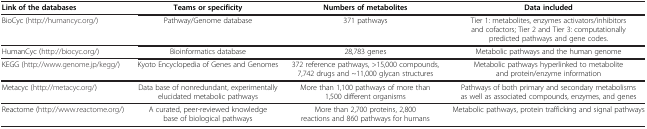
<table><thead><tr><td><b>Link of the databases</b></td><td><b>Teams or specificity</b></td><td><b>Numbers of metabolites</b></td><td><b>Data included</b></td></tr></thead><tbody><tr><td>BioCyc (http://humancyc.org/)</td><td>Pathway/Genome database</td><td>371 pathways</td><td>Tier 1: metabolites, enzymes activators/inhibitors and cofactors; Tier 2 and Tier 3: computationally predicted pathways and gene codes.</td></tr><tr><td>HumanCyc (http://biocyc.org/)</td><td>Bioinformatics database</td><td>28,783 genes</td><td>Metabolic pathways and the human genome</td></tr><tr><td>KEGG (http://www.genome.jp/kegg/)</td><td>Kyoto Encyclopedia of Genes and Genomes</td><td>372 reference pathways, &gt;15,000 compounds, 7,742 drugs and ~11,000 glycan structures</td><td>Metabolic pathways hyperlinked to metabolite and protein/enzyme information</td></tr><tr><td>Metacyc (http://metacyc.org/)</td><td>Data base of nonredundant, experimentally elucidated metabolic pathways</td><td>More than 1,100 pathways of more than 1,500 different organisms</td><td>Pathways of both primary and secondary metabolisms as well as associated compounds, enzymes, and genes</td></tr><tr><td>Reactome (http://www.reactome.org/)</td><td>A curated, peer-reviewed knowledge base of biological pathways</td><td>More than 2,700 proteins, 2,800 reactions and 860 pathways for humans</td><td>Metabolic pathways, protein trafficking and signal pathways</td></tr></tbody></table>